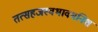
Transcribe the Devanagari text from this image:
तत्सहजस्वभावमनिशं